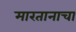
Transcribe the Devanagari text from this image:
मारतानाचा